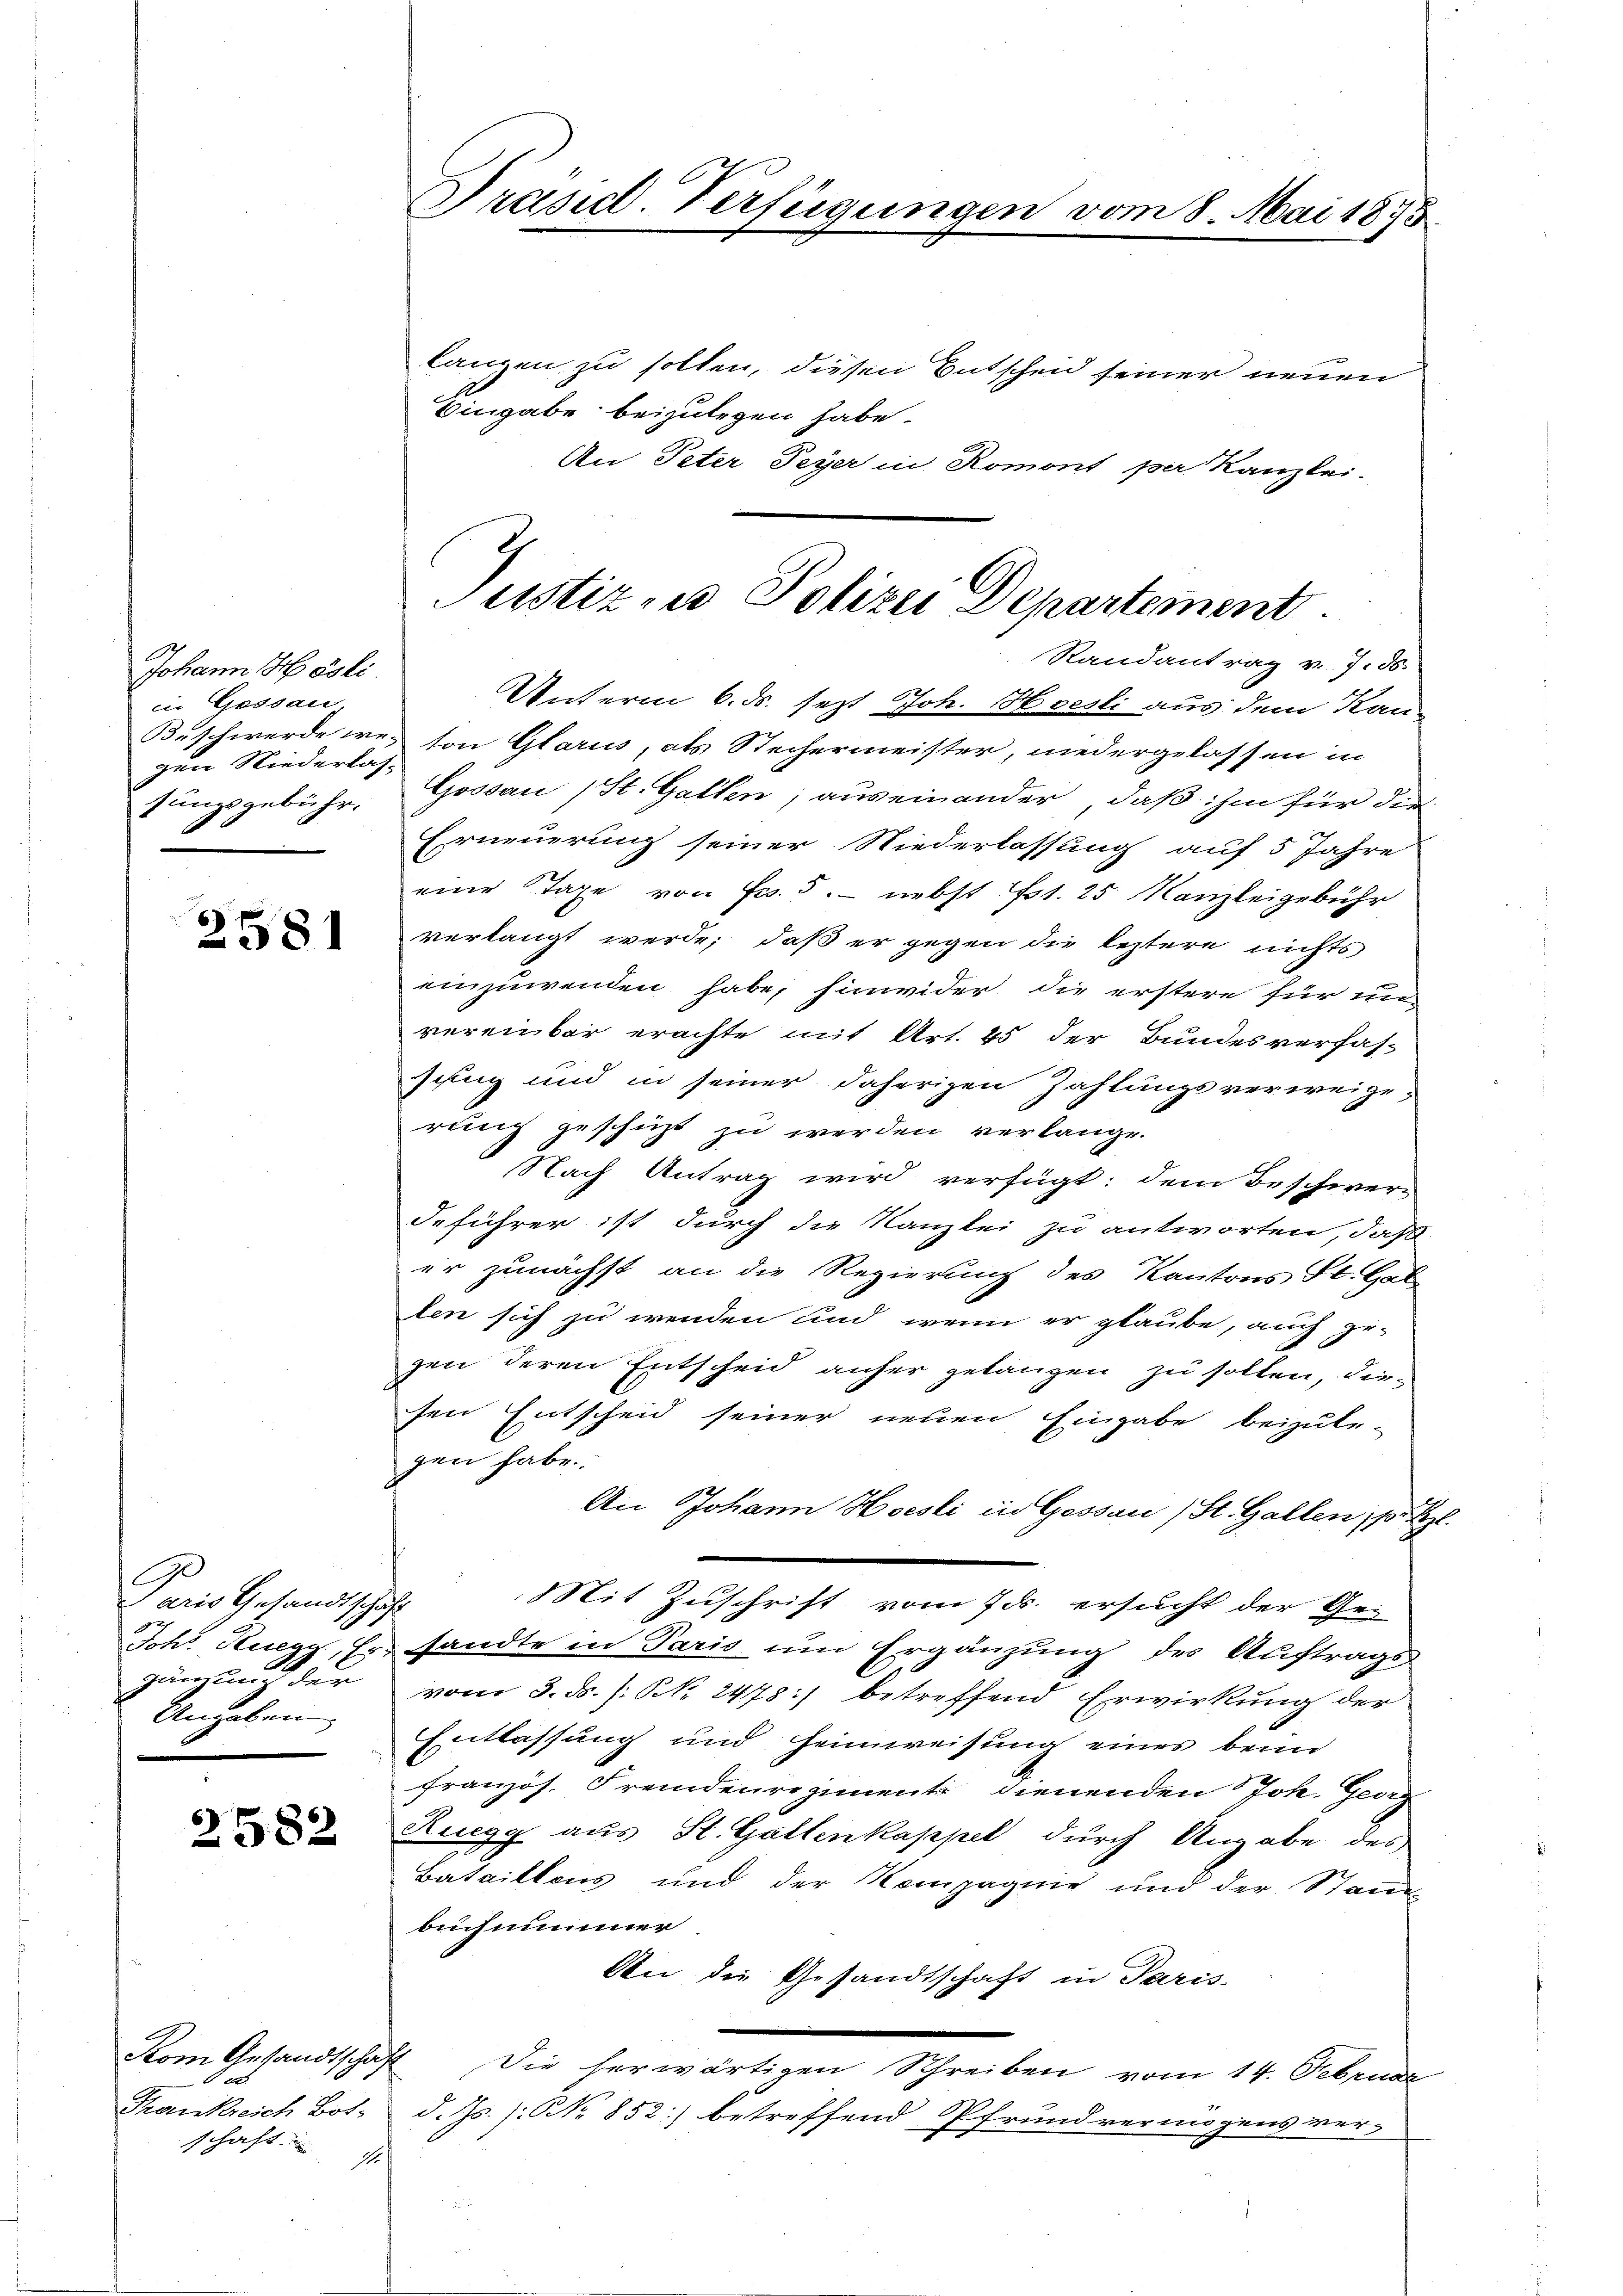
Johann H. Poli
in Gessau,
zen Niederlas¬

6
2581

G
Laris Gesandtschaft
Angeben

2582

Kom Gesandtschaft
Ber
Frankreich Bot.
schaft

Unterm 6. ds. sezt Joh. Hesli aus dem Kan-
Beschwerde wie von Glarus, als Stechermeister, niedergelassen in
tungsgebühr, Gossau (St. Gallen; auseinander, daß ihm für die
Erneuerung seiner Niederlassung auf 5 Jahre
eine Tage von Fr. 5.- nebst Est. 25 Kanzleigebühr
verlangt werde; daß er gegen die leztere nichts
einzuwenden habe, hinwider die erstere für un
vereinbar erachte mit Art. 45 der Bundesverfas-
sung und in seiner daherigen Zahlungsverweige
rung geschicht zu werden verlange.
Nach Antrag wird verfügt: dem Beschwere
deführer ist durch die Kanzlei zu antworten, daß
er zunächst an die Regierung des Kantons St. Gal
len sich zu wenden und wenn er glaube, auch ge-
gen deren Entscheid anher gelangen zu sollen, diesen Entscheid seiner neuen Eingabe beizule-
gen habe.
An Johann Hoesti in Gessau (St. Gallen, pr El
Mit Zuschrift vom 7. ersucht der Ge-
Johs. Ruegg, Er sandte in Paris um Ergänzung des Auftrags-
gänzŭng der vom 3. ds. /: N. 2478:) betreffend Erwirkung der
Entlassung und Heimweisung eines beim
französ. Fremdenregiment dienenden Joh. Georg
Ruegg aus St. Gallenkappel durch Angabe des
Bataillons und der Kompagnie und der Stand-
buch nimmer
An die Gesandtschaft in Paris.
Die herwärtigen Schreiben vom 14. Februar
d. Js. /: NNo. 852) betreffend Pfrundvermögens ver-
al

Präsid. Verfügungen vom 8. Mai 1873

langen zu sollen, diesen Entscheid seiner neuen
Eingabe beizulegen habe.
An Peter Peyer in Romont per Kanzlei.

Justiz zu Polizei Departement.
Randantrag v. 7. ds.